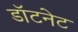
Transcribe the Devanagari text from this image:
डॉटनेट